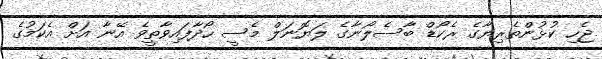
ޖެހި ކުޅުންތެރިޔާގެ ރެކޯޑް ބާސެލޯނާގެ ލަޔޮނަލް މެސީ ހޯދާފައިވާތީވެ އޭނާ އަށް އެކަމުގެ